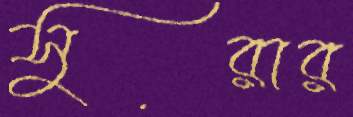
সুরার